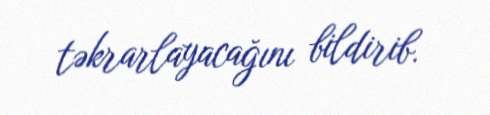
təkrarlayacağını bildirib.